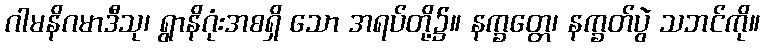
ဂါမနိဂမာဒီသု၊ ရွာနိဂုံးအစရှိ သော အရပ်တို့၌။ နက္ခတ္တေ၊ နက္ခတ်ပွဲ သဘင်ကို။